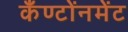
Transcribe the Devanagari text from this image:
कँण्टोंनमेंट